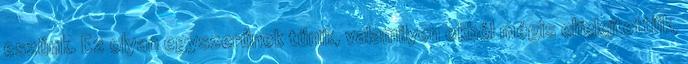
eszünk. Ez olyan egyszerűnek tűnik, valamilyen okból mégis elfelejtettük,